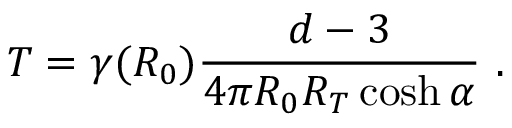
T = \gamma ( R _ { 0 } ) \frac { d - 3 } { 4 \pi R _ { 0 } R _ { T } \cosh \alpha } \ .